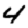
Digit: 4